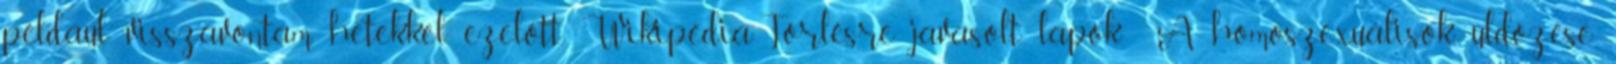
például visszavontam hetekkel ezelőtt. Wikipédia:Törlésre javasolt lapok A homoszexuálisok üldözése